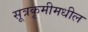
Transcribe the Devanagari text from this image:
सूत्रकृमीमधील